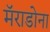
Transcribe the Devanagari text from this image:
मॅराडोना